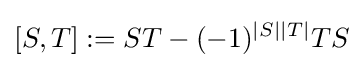
[S,T]:=ST-(-1)^{\left|S\right|\left|T\right|}TS